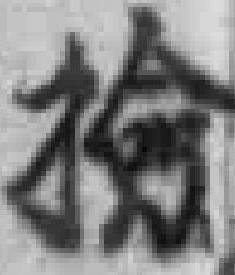
檢